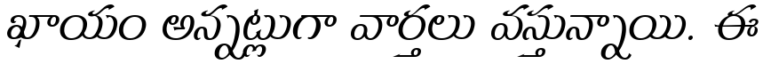
ఖాయం అన్నట్లుగా వార్తలు వస్తున్నాయి. ఈ